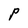
Character: P